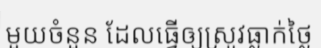
មួយចំនួន ដែលធ្វើឲ្យស្រូវធ្លាក់ថ្លៃ